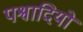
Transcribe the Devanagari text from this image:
पश्वादियों